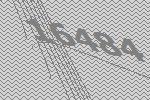
16484